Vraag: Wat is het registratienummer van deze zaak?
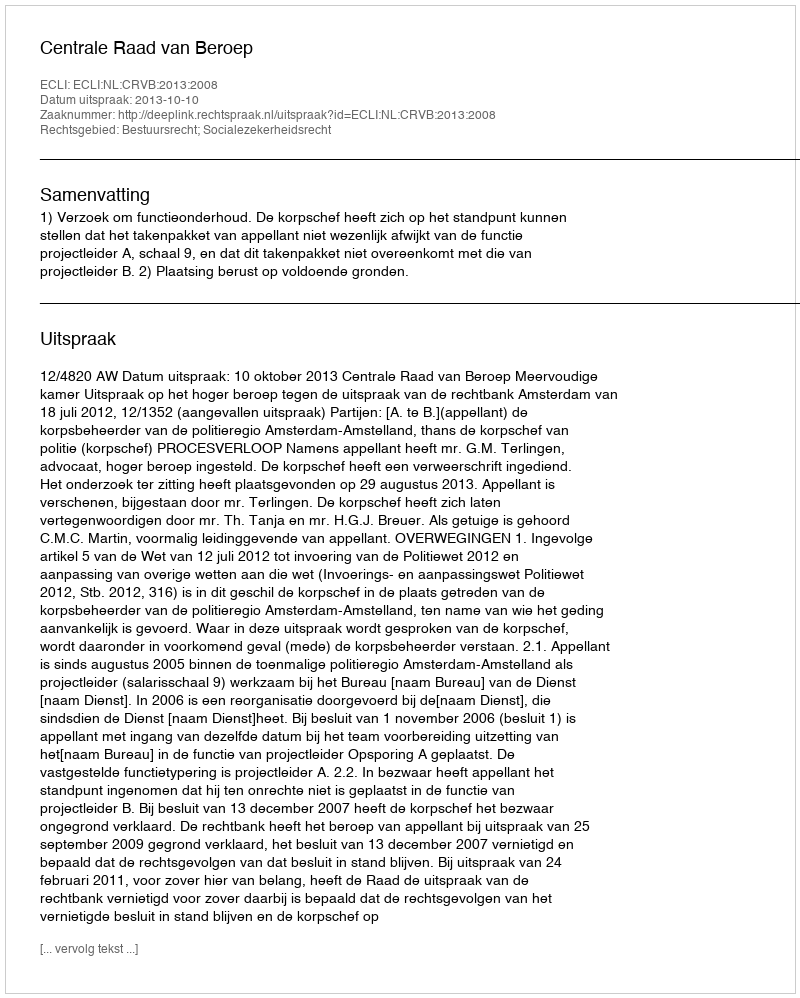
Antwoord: http://deeplink.rechtspraak.nl/uitspraak?id=ECLI:NL:CRVB:2013:2008